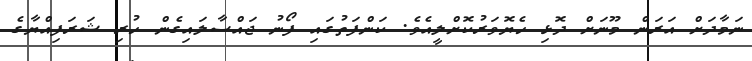
ނަމާދަށް އަރަން މޫނަށް ދޮޅި ހެޔޮވަރުކޮށްލީއެވެ. ކަންފަތުގައި ފޯނު ޖައްސާލައިގެން ހުރި ޝަރަފިއްޔާގެ